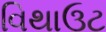
વિથાઉટ